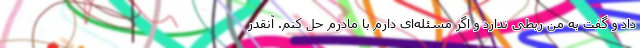
داد و گفت به من ربطی ندارد و اگر مسئله‌ای دارم با مادرم حل کنم. آ‌نقدر